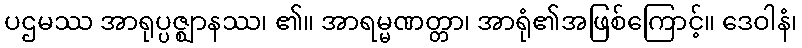
ပဌမဿ အာရုပ္ပဇ္ဈာနဿ၊ ၏။ အာရမ္မဏတ္တာ၊ အာရုံ၏အဖြစ်ကြောင့်။ ဒေဝါနံ၊